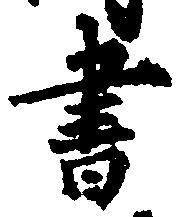
書